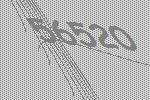
56520